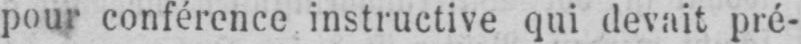
pour conférence instructive qui devait pré-